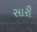
સારી